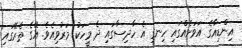
އިންޑިއާގެ އަަވަށެއްގައި ހިނގި އެ ހާދިސާގައި ދެ މީހަކު މަރުވިއެވެ. އޭގެ ތެރޭގައި